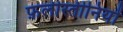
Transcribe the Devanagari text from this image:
फ़लीस्तीनियों